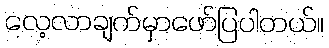
လေ့လာချက်မှာဖော်ပြပါတယ်။